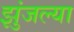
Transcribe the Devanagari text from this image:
झुंजल्या